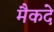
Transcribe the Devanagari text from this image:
मैकदे